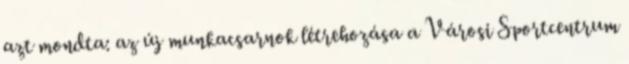
azt mondta: az új munkacsarnok létrehozása a Városi Sportcentrum